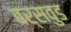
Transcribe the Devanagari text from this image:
बर्सवुड